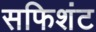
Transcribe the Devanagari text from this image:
सफिशंट